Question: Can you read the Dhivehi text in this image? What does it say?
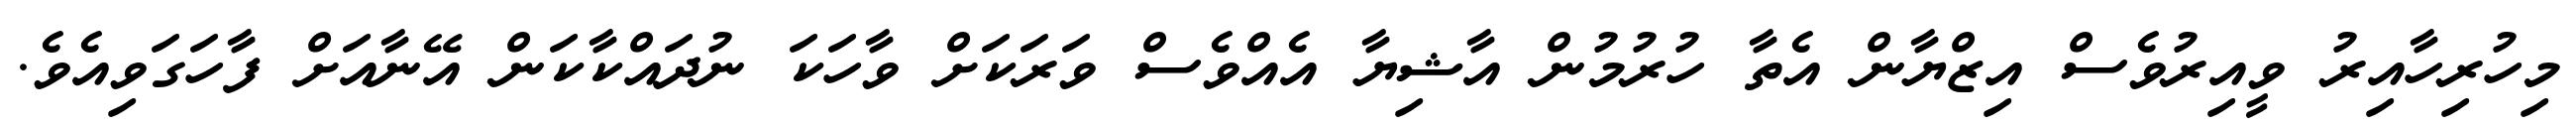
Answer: މިހުރިހާއިރު ވީއިރުވެސް އިޒްޔާން އެތާ ހުރުމުން އާޝިޔާ އެއްވެސް ވަރަކަށް ވާހަކަ ނުދައްކާކަން އޭނާއަށް ފާހަގަވިއެވެ.